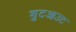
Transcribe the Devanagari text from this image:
शुटआउट